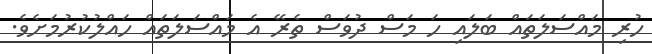
ހުރި މައްސަލަތައް ބަލައި ހަ މަސް ދުވަސް ތެރޭ އެ މައްސަލަތައް ހައްލުކުރުމަށެވެ.